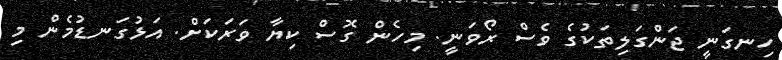
ހިނގަނީ ޖަންގަލިތަކުގެ ވެސް ރޯވަނީ. މިހެން ގޮސް ކިޔާ ވަރަކަށް. އަޅުގަނޑުމެން މި